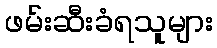
ဖမ်းဆီးခံရသူများ